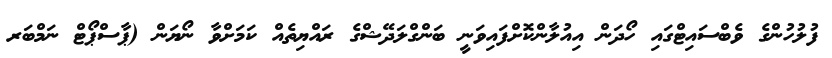
ފުލުހުންގެ ވެބްސައިޓްގައި ހޯދަން އިއުލާންކޮށްފައިވަނީ ބަންގްލަދޭޝްގެ ރައްޔިތެއް ކަމަށްވާ ނޯޔަން (ޕާސްޕޯޓް ނަމްބަރ